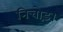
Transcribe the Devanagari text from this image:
निचोड़।